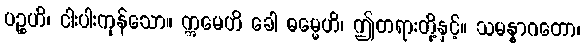
ပဉ္စဟိ၊ ငါးပါးကုန်သော။ ဣမေဟိ ခေါ ဓမ္မေဟိ၊ ဤတရားတို့နှင့်။ သမန္နာဂတော၊